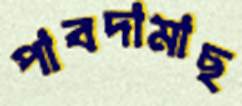
পাবদামাছ